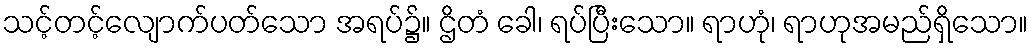
သင့်တင့်လျောက်ပတ်သော အရပ်၌။ ဌိတံ ခေါ၊ ရပ်ပြီးသော။ ရာဟုံ၊ ရာဟုအမည်ရှိသော။